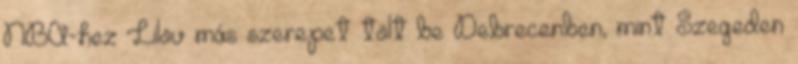
NBA-hez Lilov más szerepet tölt be Debrecenben, mint Szegeden